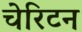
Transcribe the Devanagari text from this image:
चेरिटन